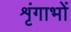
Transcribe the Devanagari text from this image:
शृंगाभों